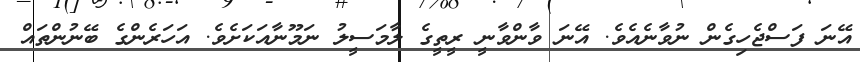
އޭނަ ފަސްޖެހިގެން ނުވާނެއެވެ. އޭނަ ވާންވާނީ ރީތީގެ ލާމަސީލު ނަމޫނާއަކަށެވެ. އަހަރެންގެ ބޭނުންތައް